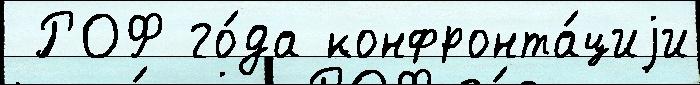
 РОФ го́да конфронта́циjи